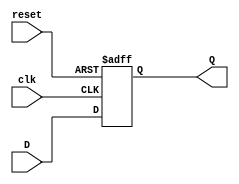
`timescale 1ns / 1ps

module DFF( clk, reset, D, Q );
  input clk, reset, D;
  output Q;
  reg Q;

  always @( posedge clk or negedge reset )
  begin
    if ( reset == 1'b0 )
      Q <= 1'b0;
    else
      Q <= D;
  end
endmodule